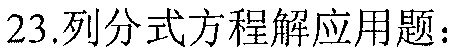
\(23.\)列分式方程解应用题：